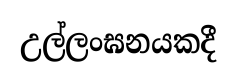
උල්ලංඝනයකදී